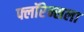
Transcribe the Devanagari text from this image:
फ्लॉरेन्सला